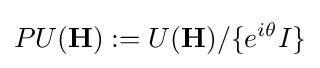
PU(\mathbf {H} ):=U(\mathbf {H} )/\{e^{i\theta }I\}